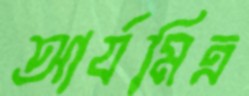
আর্যমিত্র